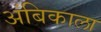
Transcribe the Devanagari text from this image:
अंबिकाला